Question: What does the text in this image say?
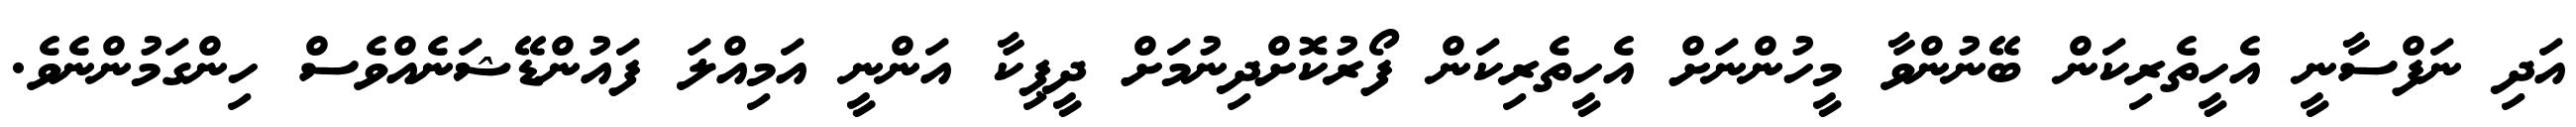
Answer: އަދި ނަފްސާނީ އެހީތެރިކަން ބޭނުންވާ މީހުންނަށް އެހީތެރިކަން ފޯރުކޮށްދިނުމަށް ދީޕިކާ އަންނީ އަމިއްލަ ފައުންޑޭޝަނެއްވެސް ހިންގަމުންނެވެ.